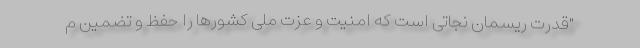
"قدرت ریسمان نجاتی است که امنیت و عزت ملی کشورها را حفظ و تضمین م